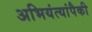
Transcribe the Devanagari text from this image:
अभियंत्यांपैकी